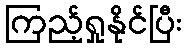
ကြည့်ရှုနိုင်ပြီး